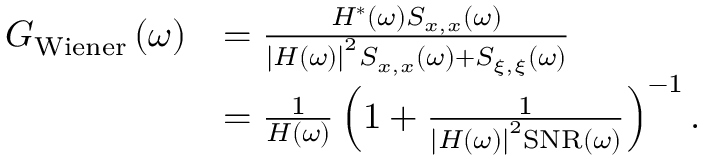
\begin{array} { r } { \begin{array} { r l } { G _ { \mathrm { W i e n e r } } \left( \omega \right) } & { = \frac { H ^ { * } \left( \omega \right) S _ { x , x } \left( \omega \right) } { \left| H \left( \omega \right) \right| ^ { 2 } S _ { x , x } \left( \omega \right) + S _ { \xi , \xi } \left( \omega \right) } } \\ & { = \frac { 1 } { H \left( \omega \right) } \left( 1 + \frac { 1 } { \left| H \left( \omega \right) \right| ^ { 2 } \mathrm { S N R } \left( \omega \right) } \right) ^ { - 1 } . } \end{array} } \end{array}